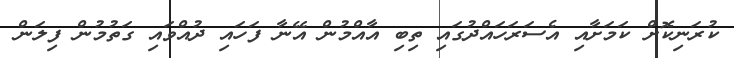
ކުރަނިކޮށް ކަމަށާއި އެސަރަހައްދުގައި ތިބި އާއްމުން އޭނާ ފަހައި ދުއްވައި ގަތުމުން ފިލަން